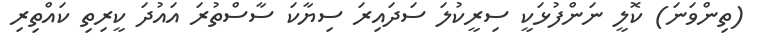
(ތިންވަނަ) ކޮލީ ނަންފުޅަކީ ސިރީކުލަ ސަދައިރަ ސިޔާކަ ސާސްތުރަ އައުދަ ކީރިތި ކައްތިރި